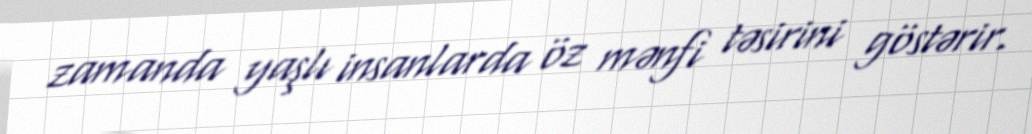
zamanda yaşlı insanlarda öz mənfi təsirini göstərir.